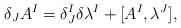
\begin{align*}\delta_{J}A^{I}=\delta^{I}_{J}\delta\lambda^{I}+[A^{I},\lambda^{J}],\end{align*}